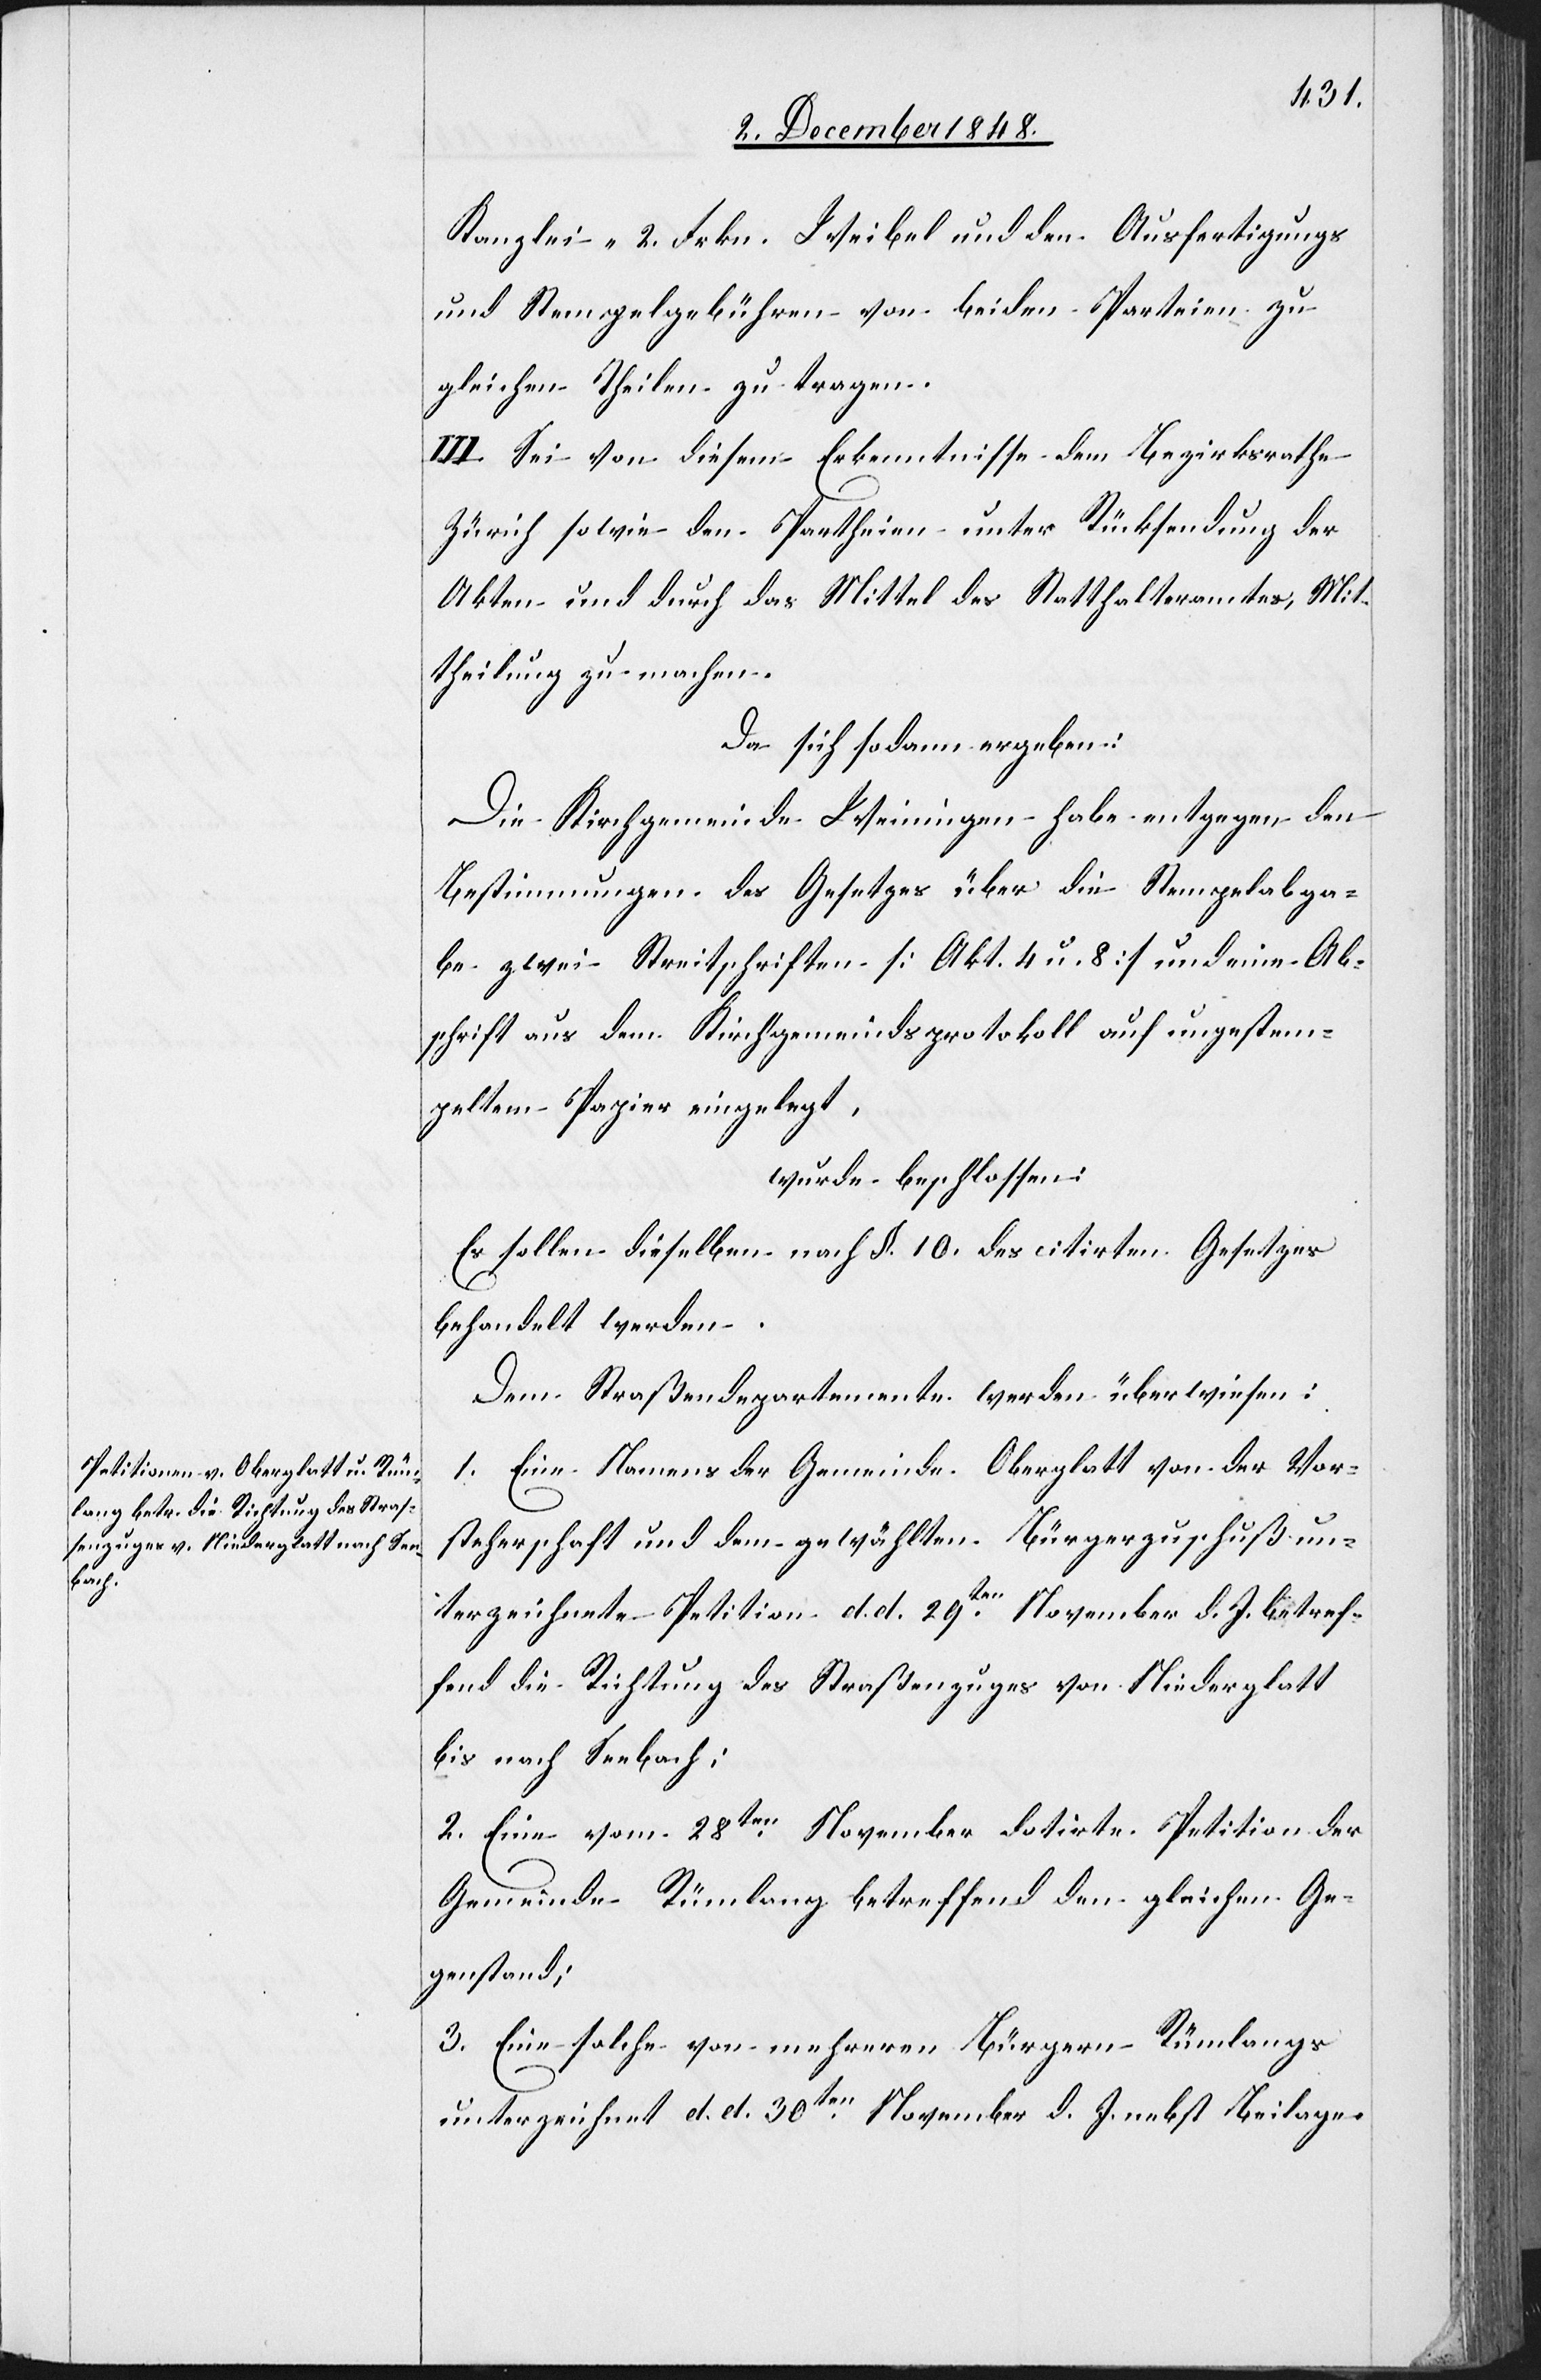
Kanzlei-[,] 2 Frkn. Weibel[-] und den Ausfertigungs[-]
und Stempelgebühren von beiden Parteien zu
gleichen Theilen zu tragen.
III. Sei von diesem Erkenntnisse dem Bezirksrathe
Zürich sowie den Partheien unter Rücksendung der
Akten und durch das Mittel des Statthalteramtes, Mit¬
theilung zu machen.
Da sich sodann ergeben:
Die Kirchgemeinde Weiningen habe entgegen den
Bestimmungen des Gesetzes über die Stempelabga¬
be zwei Streitschriften [Akt. 4 u. 8] und eine Ab¬
schrift aus dem Kirchgemeindsprotokoll auf ungestem¬
peltem Papier eingelegt,
wurde beschlossen:
Es sollen dieselben nach §. 10. des citirten Gesetzes
behandelt werden.
Dem Straßendepartemente werden überwiesen:
1. Eine Namens der Gemeinde Oberglatt von der Vor¬
steherschaft und dem gewählten Bürgerzuschuß un¬
terzeichnete Petition d. d. 29ten November d. J. betref¬
fend die Richtung des Straßenzuges von Niederglatt
bis nach Seebach;
2. Eine vom 28ten November datirte Petition der
Gemeinde Rümlang betreffend den gleichen Ge¬
genstand;
3. Eine solche von mehreren Bürgern Rümlangs
unterzeichnet d. d. 30ten November d. J. nebst Beilage.